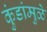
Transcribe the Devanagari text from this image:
कुंडांमुळे